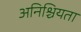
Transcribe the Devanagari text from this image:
अनिश्चियता